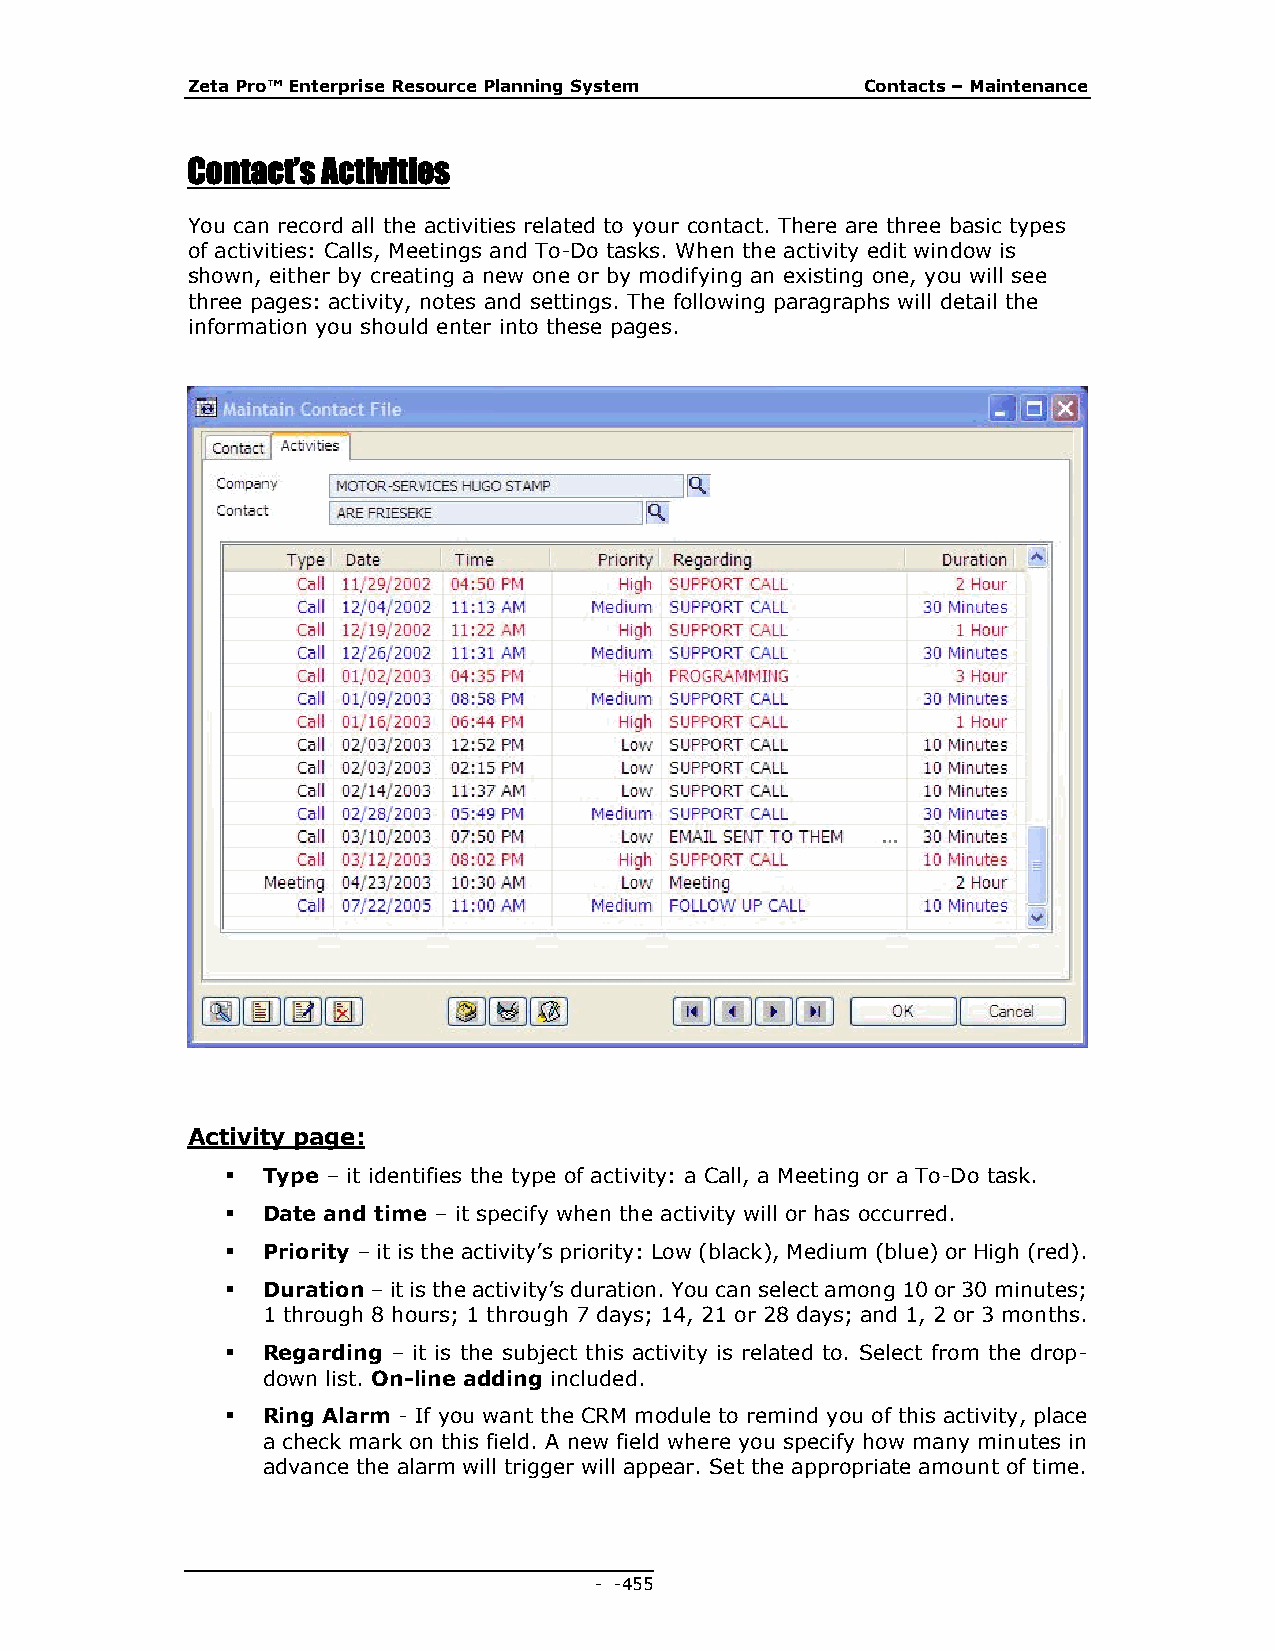
Zeta Pro™ Enterprise Resource Planning System Contacts – Maintenance
 Contact’s Activities
 You can record all the activities related to your contact. There are three basic types
 of activities: Calls, Meetings and To-Do tasks. When the activity edit window is
 shown, either by creating a new one or by modifying an existing one, you will see
 three pages: activity, notes and settings. The following paragraphs will detail the
 information you should enter into these pages.
 Activity page:
  Type – it identifies the type of activity: a Call, a Meeting or a To-Do task.
  Date and time – it specify when the activity will or has occurred.
  Priority – it is the activity’s priority: Low (black), Medium (blue) or High (red).
  Duration – it is the activity’s duration. You can select among 10 or 30 minutes;
 1 through 8 hours; 1 through 7 days; 14, 21 or 28 days; and 1, 2 or 3 months.
  Regarding – it is the subject this activity is related to. Select from the drop-
 down list. On-line adding included.
  Ring Alarm - If you want the CRM module to remind you of this activity, place
 a check mark on this field. A new field where you specify how many minutes in
 advance the alarm will trigger will appear. Set the appropriate amount of time.
 - - 455